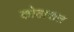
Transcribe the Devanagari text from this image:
कोठारात